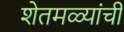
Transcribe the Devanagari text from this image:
शेतमळ्यांची